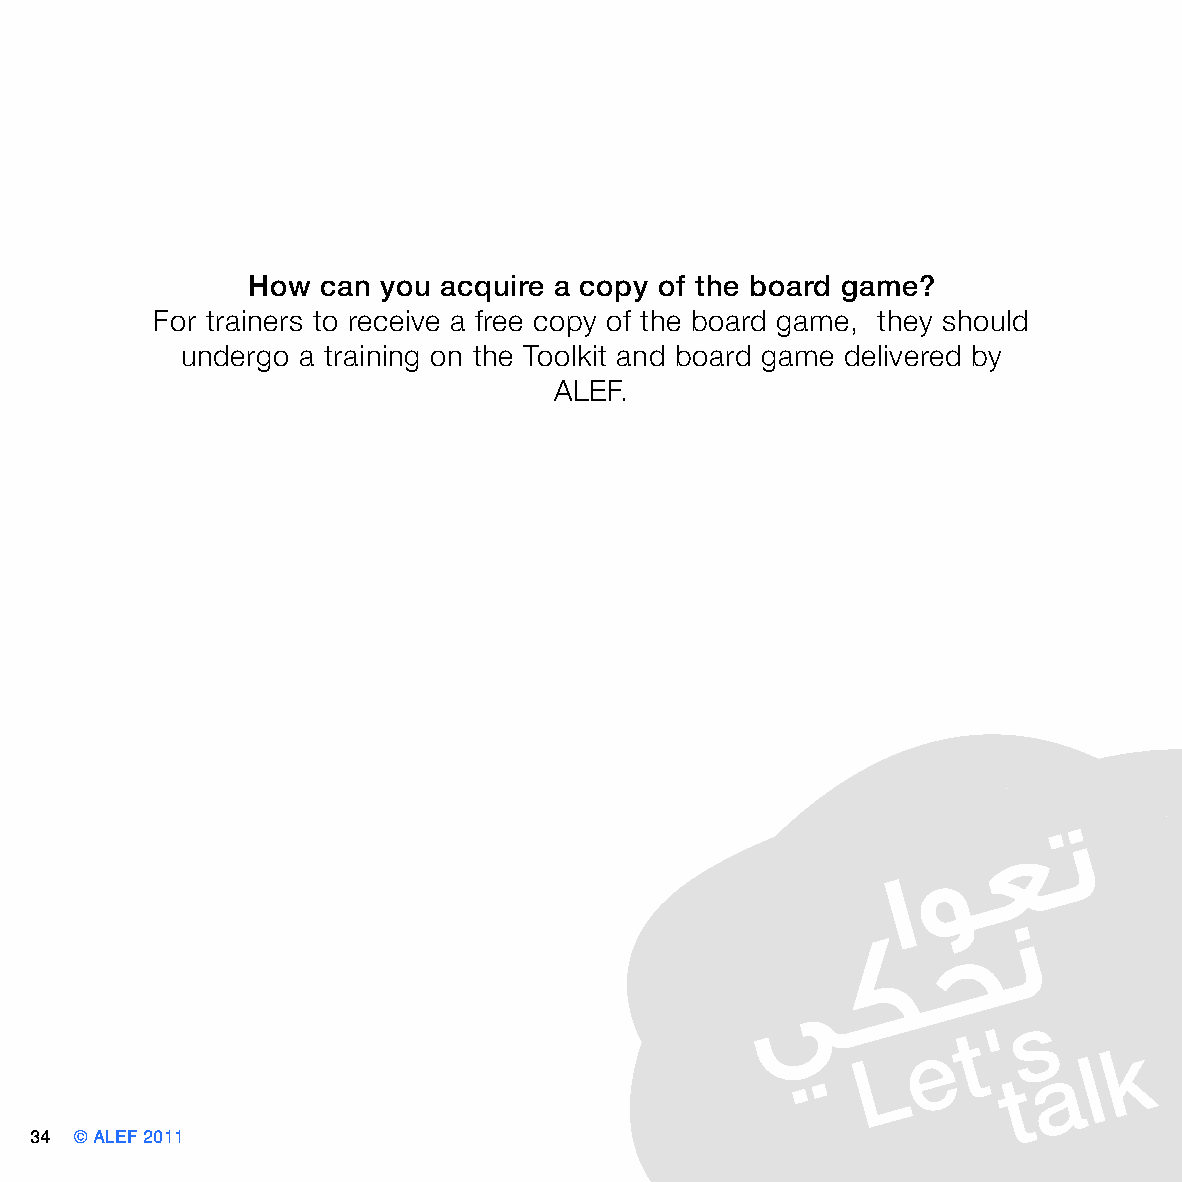
How  can you acquire a copy of the board game?
 For trainers to receive a free copy of the board game, they should
 undergo a training on the Toolkit and board game delivered by
 ALEF.
 34 © ALEF 2011